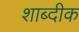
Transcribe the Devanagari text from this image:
शाब्दीक